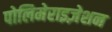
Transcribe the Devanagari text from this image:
पोलिमेराइज़ेशन